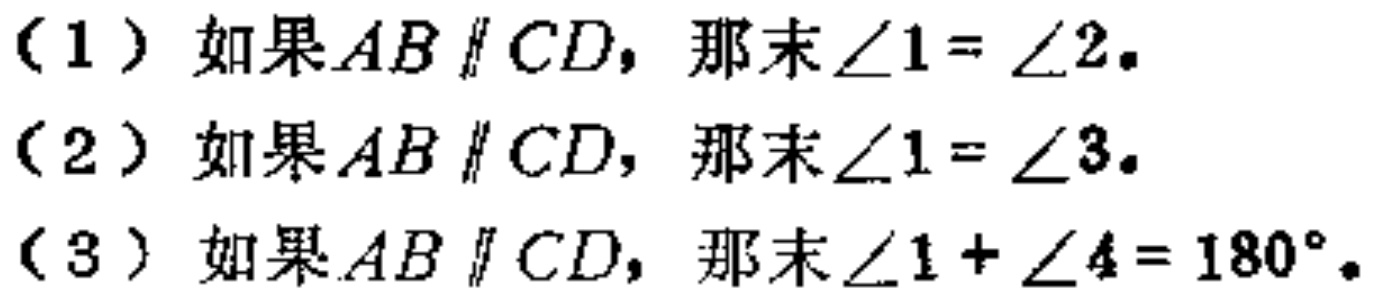
（1）如果\(AB\parallel CD\)，那末\(\angle1 = \angle2\)。

（2）如果\(AB\parallel CD\)，那末\(\angle1 = \angle3\)。

（3）如果\(AB\parallel CD\)，那末\(\angle1 + \angle4 = 180^{\circ}\)。